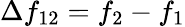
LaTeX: \Delta f_{12}=f_{2}-f_{1}